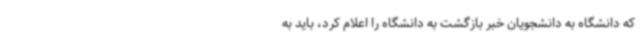
که دانشگاه به دانشجویان خبر بازگشت به دانشگاه را اعلام کرد، باید به